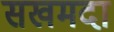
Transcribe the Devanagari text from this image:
सखमदा